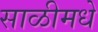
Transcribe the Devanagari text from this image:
साळीमधे